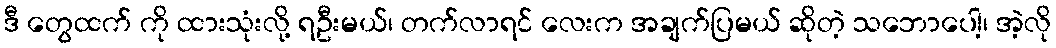
ဒီ တွေထက် ကို ထားသုံးလို့ ရဦးမယ်၊ တက်လာရင် လေးက အချက်ပြမယ် ဆိုတဲ့ သဘောပေါ့၊ အဲ့လို